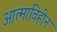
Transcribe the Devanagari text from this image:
आत्माविहीन